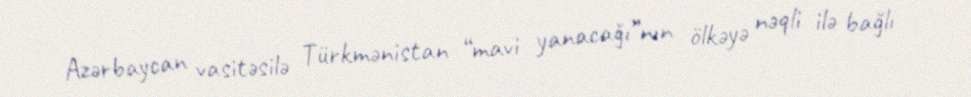
Azərbaycan vasitəsilə Türkmənistan “mavi yanacağı”nın ölkəyə nəqli ilə bağlı